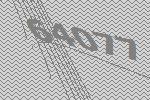
64077